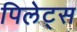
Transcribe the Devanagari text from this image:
पिलेट्स